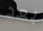
بعد